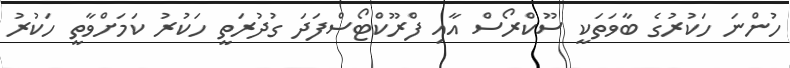
ހުންނަ ހަކުރުގެ ބާވަތަކީ ސޫކްރޯސް އާއި ފްރޫކްޓޯސްފަދަ ގުދުރަތީ ހަކުރު ކަމަށްވާތީ ހަކުރު